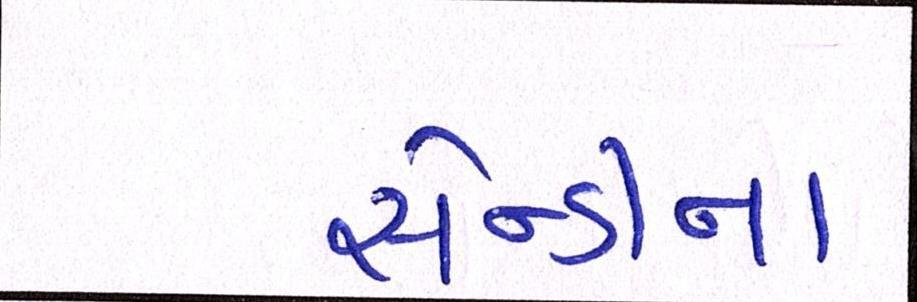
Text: સેન્ડીનાં